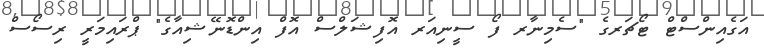
އަގެއިންސްޓް ޓޯޗަރގެ "ސެމިނާރ ފޯ ސީނިއަރ އޮފިޝަލްސް އޮފް އިންޑޮނޭޝިއާގެ" ޕްރައިމަރީ ރިސޯސް